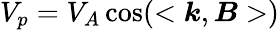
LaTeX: V_{p}=V_{A}\cos(<\boldsymbol k,\boldsymbol B>)